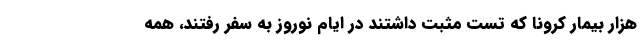
هزار بیمار کرونا که تست مثبت داشتند در ایام نوروز به سفر رفتند، همه